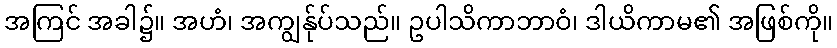
အကြင် အခါ၌။ အဟံ၊ အကျွန်ုပ်သည်။ ဥပါသိကာဘာဝံ၊ ဒါယိကာမ၏ အဖြစ်ကို။